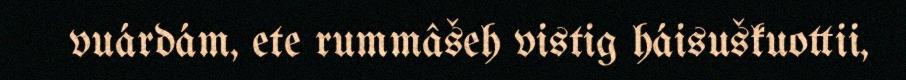
vuárdám, ete rummâšeh vistig háisuškuottii,